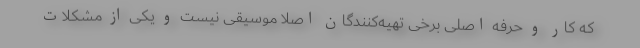
که کار و حرفه اصلی برخی تهیه‌کنندگان اصلا موسیقی نیست و یکی از مشکلات